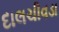
દાલચીવડા